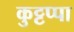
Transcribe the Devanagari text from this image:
कुट्टप्पा